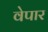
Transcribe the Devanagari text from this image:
वेपार